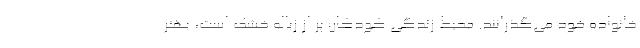
خانواده خود می‌گذرانند. محیط زندگی کودکان پر از زباله خشک است، بهتر